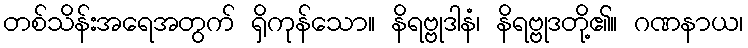
တစ်သိန်းအရေအတွက် ရှိကုန်သော။ နိရဗ္ဗုဒါနံ၊ နိရဗ္ဗုဒတို့၏။ ဂဏနာယ၊